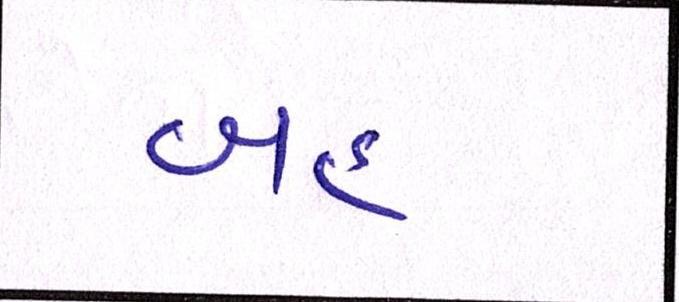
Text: બહ